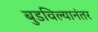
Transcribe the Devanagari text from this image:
बुडविल्यानंतर